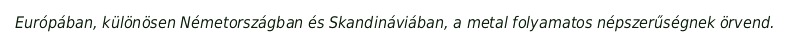
Európában, különösen Németországban és Skandináviában, a metal folyamatos népszerűségnek örvend.